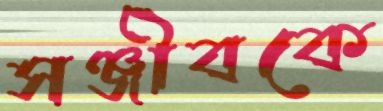
সঞ্জীবকে